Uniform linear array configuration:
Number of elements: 48
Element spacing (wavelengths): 0.25
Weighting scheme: hann
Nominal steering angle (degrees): -30
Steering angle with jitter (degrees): -30.504
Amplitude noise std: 0.05
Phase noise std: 0.05

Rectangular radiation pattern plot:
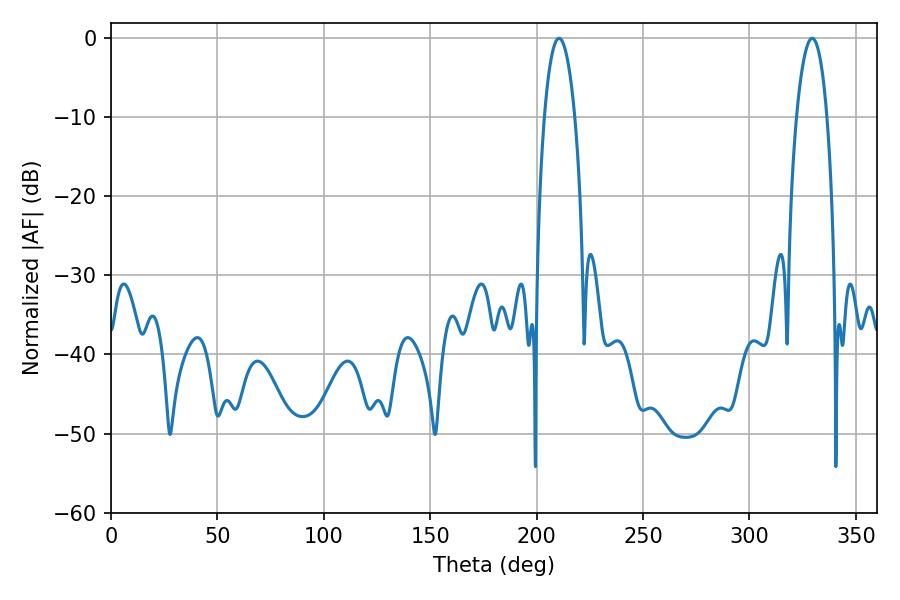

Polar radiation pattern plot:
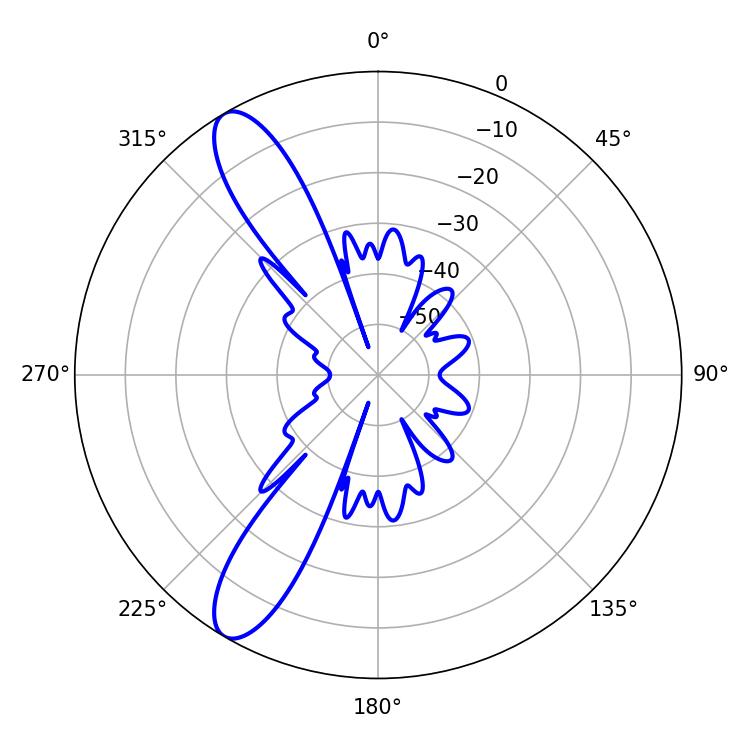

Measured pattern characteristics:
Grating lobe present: FALSE
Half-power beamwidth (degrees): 7.92
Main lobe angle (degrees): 210.6